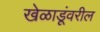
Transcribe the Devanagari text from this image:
खेळाडूंवरील